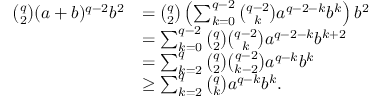
\begin{array} { r l } { \binom { q } { 2 } ( a + b ) ^ { q - 2 } b ^ { 2 } } & { = \binom { q } { 2 } \left( \sum _ { k = 0 } ^ { q - 2 } \binom { q - 2 } { k } a ^ { q - 2 - k } b ^ { k } \right) b ^ { 2 } } \\ & { = \sum _ { k = 0 } ^ { q - 2 } \binom { q } { 2 } \binom { q - 2 } { k } a ^ { q - 2 - k } b ^ { k + 2 } } \\ & { = \sum _ { k = 2 } ^ { q } \binom { q } { 2 } \binom { q - 2 } { k - 2 } a ^ { q - k } b ^ { k } } \\ & { \geq \sum _ { k = 2 } ^ { q } \binom { q } { k } a ^ { q - k } b ^ { k } . } \end{array}